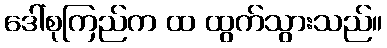
ဒေါ်စုကြည်က ထ ထွက်သွားသည်။